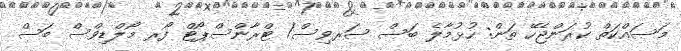
މަސައްކަތް ކުރަންޖެހޭ ތަން: ހުޅުމާލެ ބަސް ސަރވިސް/ ޓްރާންސްޕޯޓް ފޯރ މޯލްޑިވްސް ބަސް